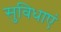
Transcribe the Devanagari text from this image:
सुविधाएं